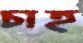
চাহ